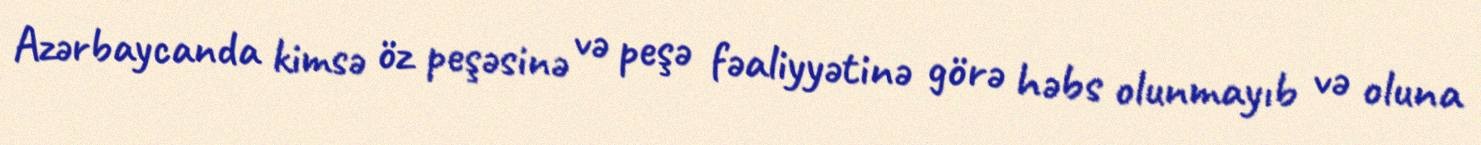
Azərbaycanda kimsə öz peşəsinə və peşə fəaliyyətinə görə həbs olunmayıb və oluna